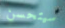
سيتحسن